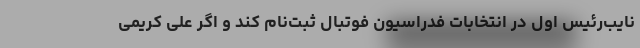
نایب‌رئیس اول در انتخابات فدراسیون فوتبال ثبت‌نام کند و اگر علی کریمی